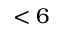
< 6